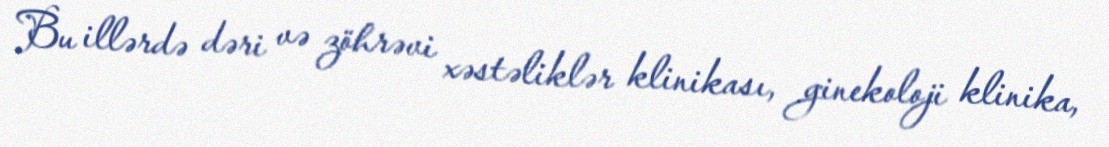
Bu illərdə dəri və zöhrəvi xəstəliklər klinikası, ginekoloji klinika,